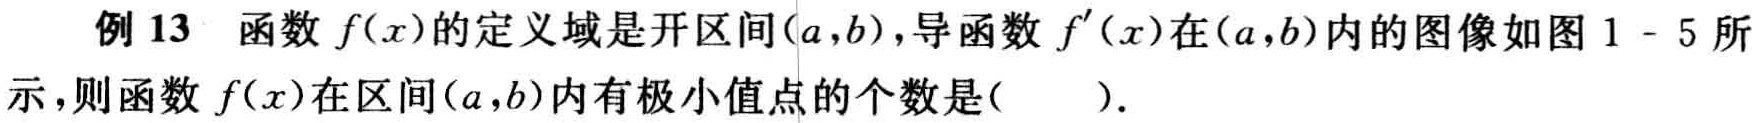
例13 函数\(f(x)\)的定义域是开区间\((a,b)\)，导函数\(f^{\prime}(x)\)在\((a,b)\)内的图像如图1 - 5所示，则函数\(f(x)\)在区间\((a,b)\)内有极小值点的个数是( )。